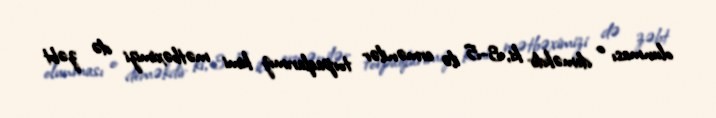
olunması o deməkdir ki, 3-5 ilə ermənilər torpaqlarımız kimi mətbəximizi də zəbt